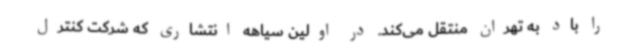
را باد به تهران منتقل می‌کند. در اولین سیاهه انتشاری که شرکت کنترل